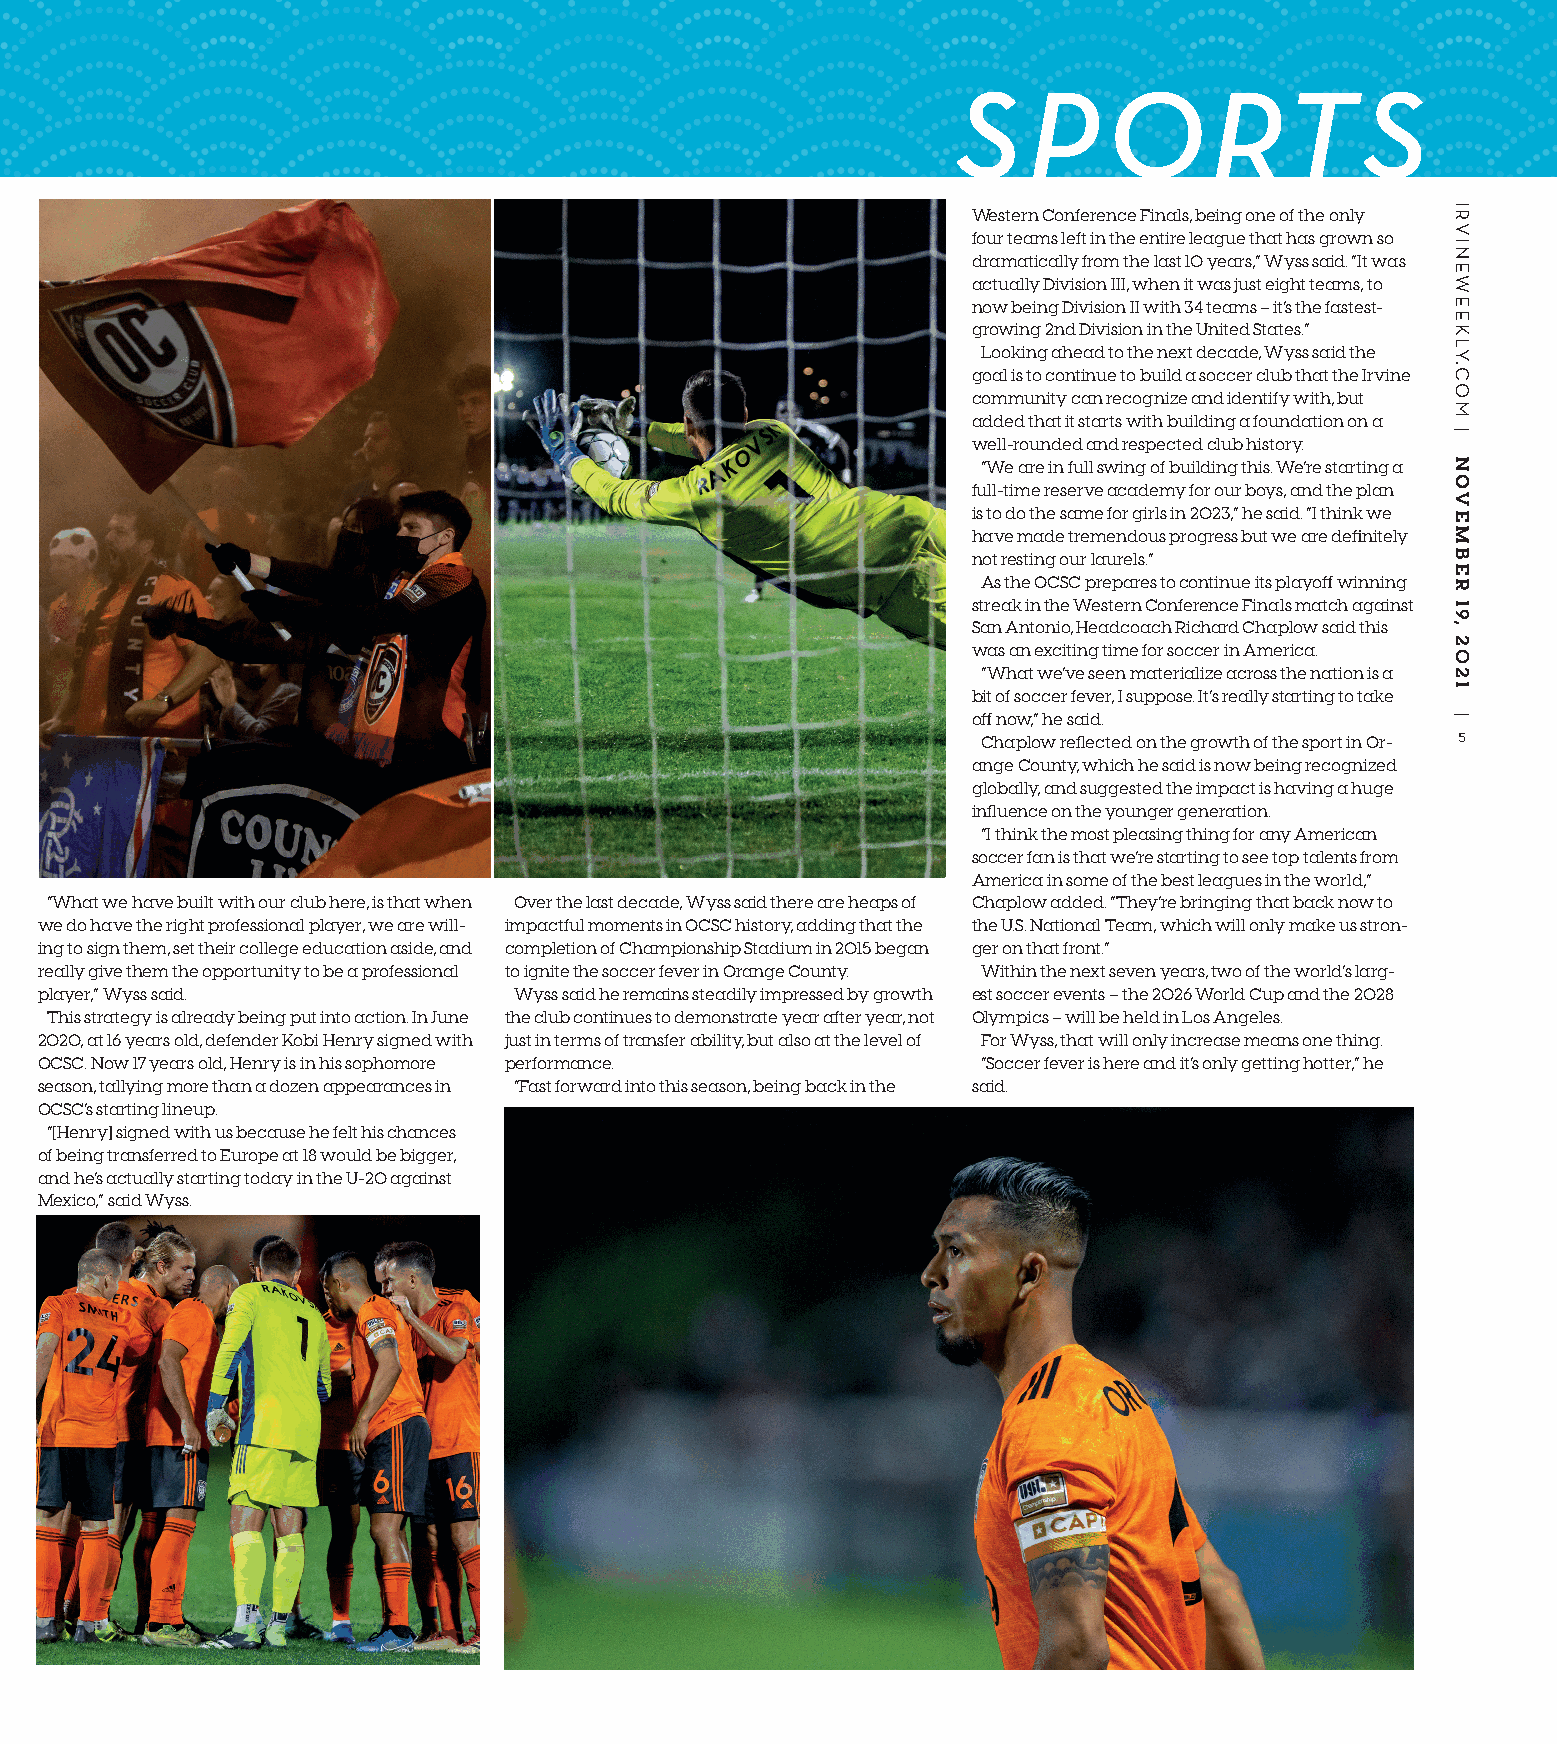
SP        O      RT        S
 Western Conference Finals, being one of the only
 four teams left in the entire league that has grown so
 dramatically from the last 10 years,” Wyss said. “It was
 actually Division III, when it was just eight teams, to
 now being Division II with 34 teams – it’s the fastest-
 growing 2nd Division in the United States.”
 Looking ahead to the next decade, Wyss said the
 goal is to continue to build a soccer club that the Irvine
 community can recognize and identify with, but
 added that it starts with building a foundation on a
 well-rounded and respected club history.
 “We are in full swing of building this. We’re starting a
 full-time reserve academy for our boys, and the plan
 is to do the same for girls in 2023,” he said. “I think we
 have made tremendous progress but we are definitely
 not resting our laurels.”
 As the OCSC prepares to continue its playoff winning
 streak in the Western Conference Finals match against
 San Antonio, Headcoach Richard Chaplow said this
 was an exciting time for soccer in America.
 “What we’ve seen materialize across the nation is a
 bit of soccer fever, I suppose. It’s really starting to take
 off now,” he said.
 5
 Chaplow reflected on the growth of the sport in Or-
 ange County, which he said is now being recognized
 globally, and suggested the impact is having a huge
 influence on the younger generation.
 “I think the most pleasing thing for any American
 soccer fan is that we’re starting to see top talents from
 America in some of the best leagues in the world,”
 “What we have built with our club here, is that when Over the last decade, Wyss said there are heaps of Chaplow added. “They’re bringing that back now to
 we do have the right professional player, we are will- impactful moments in OCSC history, adding that the the U.S. National Team, which will only make us stron-
 ing to sign them, set their college education aside, and completion of Championship Stadium in 2015 began ger on that front.”
 really give them the opportunity to be a professional to ignite the soccer fever in Orange County. Within the next seven years, two of the world’s larg-
 player,” Wyss said.             Wyss said he remains steadily impressed by growth est soccer events – the 2026 World Cup and the 2028
 This strategy is already being put into action. In June the club continues to demonstrate year after year, not Olympics – will be held in Los Angeles.
 2020, at 16 years old, defender Kobi Henry signed with just in terms of transfer ability, but also at the level of For Wyss, that will only increase means one thing.
 OCSC. Now 17 years old, Henry is in his sophomore performance. “Soccer fever is here and it’s only getting hotter,” he
 season, tallying more than a dozen appearances in “Fast forward into this season, being back in the said.
 OCSC’s starting lineup.
 “[Henry] signed with us because he felt his chances
 of being transferred to Europe at 18 would be bigger,
 and he’s actually starting today in the U-20 against
 Mexico,” said Wyss.
 IRVINEWEEKLY.COM
 |
 NOVEMBER
 19,
 2021
 |